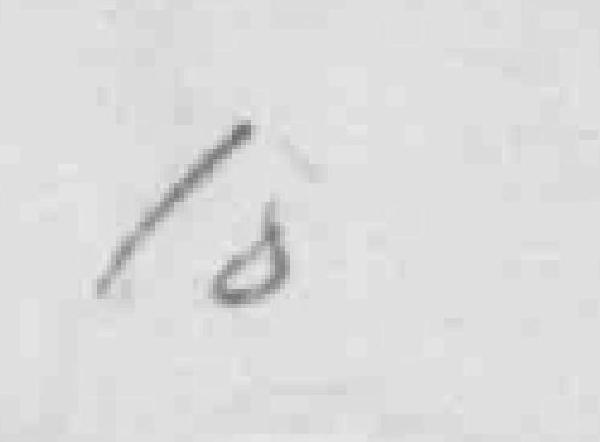
10